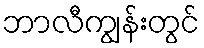
ဘာလီကျွန်းတွင်